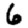
Digit: 6